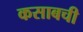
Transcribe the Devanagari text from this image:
कसाबची